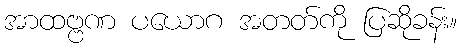
အာထဗ္ဗဏ ပယောဂ အတတ်ကို ပြဆိုခန်း။